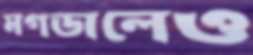
মগডালেও